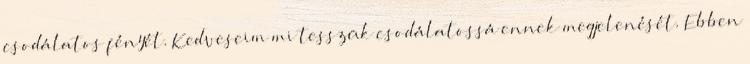
csodálatos fényét. Kedveseim mi tesszük csodálatossá ennek megjelenését. Ebben